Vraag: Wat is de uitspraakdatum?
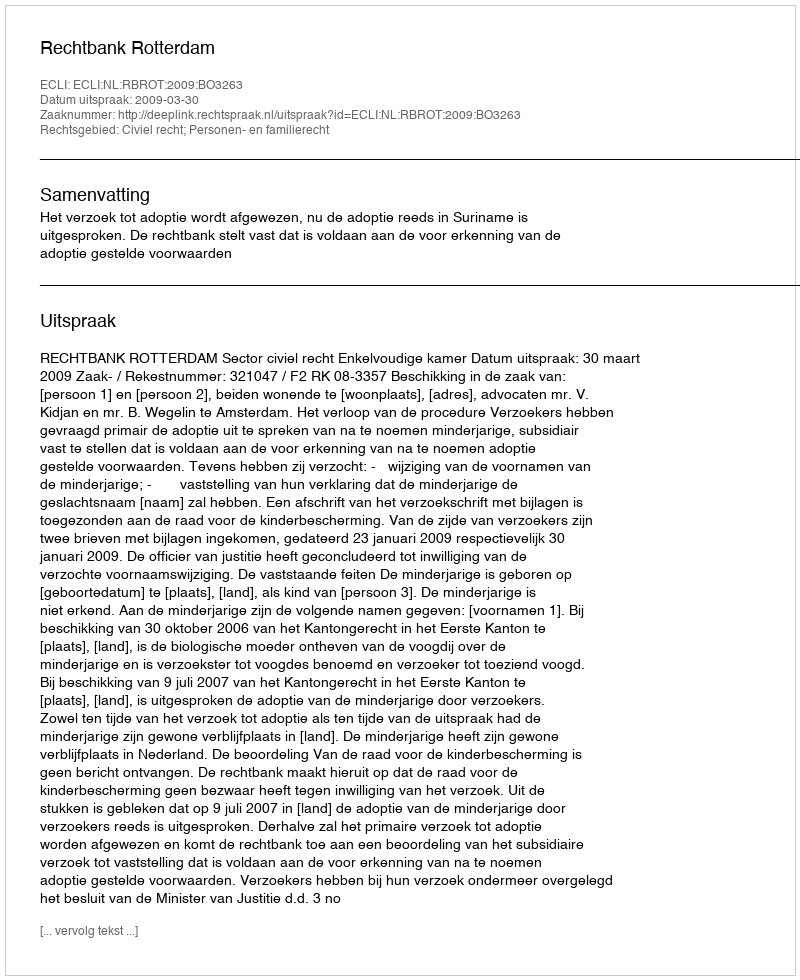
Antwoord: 2009-03-30